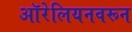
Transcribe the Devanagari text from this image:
ऑरेलियनवरून